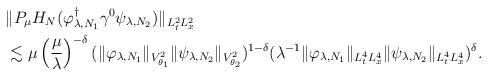
\begin{align*}\begin{aligned}&\|P_\mu H_N(\varphi_{\lambda,N_1}^\dagger\gamma^0\psi_{\lambda,N_2})\|_{L^2_tL^2_x} \\&\lesssim \mu\left(\frac\mu\lambda\right)^{-\delta} (\|\varphi_{\lambda,N_1}\|_{V^2_{\theta_1}}\|\psi_{\lambda,N_2}\|_{V^2_{\theta_2}})^{1-\delta}(\lambda^{-1} \|\varphi_{\lambda,N_1}\|_{L^4_tL^4_x}\|\psi_{\lambda,N_2}\|_{L^4_tL^4_x} )^\delta.\end{aligned}\end{align*}